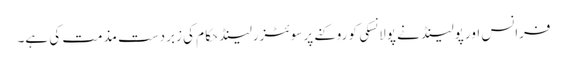
فرانس اور پولینڈ نے پولانسکی کو روکنے پر سوئٹزرلینڈ حکام کی زبردست مذمت کی ہے۔